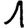
Digit: 1